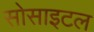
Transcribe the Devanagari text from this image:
सोसाइटल